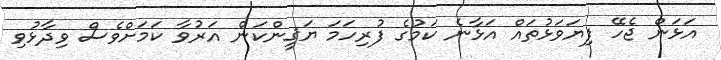
އަޅަން ޖެހޭ ފިޔަވަޅުތައް އަޅާނެ ކަމުގެ ފުރިހަމަ ޔަޤީންކަން އަރުވާ ކަމަށްވެސް ވިދާޅުވި